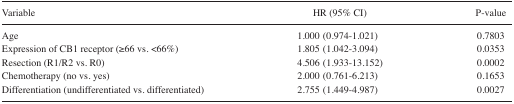
<table><thead><tr><td><b>Variable</b></td><td><b>HR (95% CI)</b></td><td><b>P-value</b></td></tr></thead><tbody><tr><td>Age</td><td>1.000 (0.974–1.021)</td><td>0.7803</td></tr><tr><td>Expression of CB1 receptor (≥66 vs. &lt;66%)</td><td>1.805 (1.042–3.094)</td><td>0.0353</td></tr><tr><td>Resection (R1/R2 vs. R0)</td><td>4.506 (1.933–13.152)</td><td>0.0002</td></tr><tr><td>Chemotherapy (no vs. yes)</td><td>2.000 (0.761–6.213)</td><td>0.1653</td></tr><tr><td>Differentiation (undifferentiated vs. differentiated)</td><td>2.755 (1.449–4.987)</td><td>0.0027</td></tr></tbody></table>